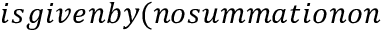
i s g i v e n b y ( n o s u m m a t i o n o n